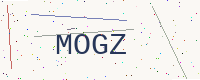
Text: MOGZ